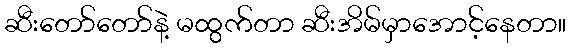
ဆီးတော်တော်နဲ့ မထွက်တာ ဆီးအိမ်မှာအောင့်နေတာ။